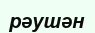
рәушән